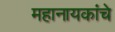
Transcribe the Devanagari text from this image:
महानायकांचे